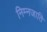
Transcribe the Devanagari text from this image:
निम्नजाति